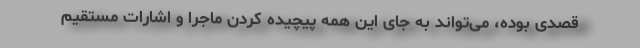
قصدی بوده، می‌تواند به جای این همه پیچیده کردن ماجرا و اشارات مستقیم